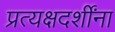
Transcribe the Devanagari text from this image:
प्रत्यक्षदर्शींना